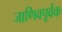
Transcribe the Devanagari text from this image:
जाणिवपूर्वक